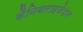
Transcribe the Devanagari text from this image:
कैनिबलाइजेशन